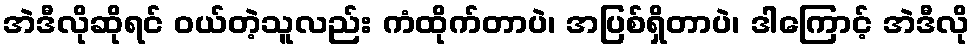
အဲဒီလိုဆိုရင် ဝယ်တဲ့သူလည်း ကံထိုက်တာပဲ၊ အပြစ်ရှိတာပဲ၊ ဒါကြောင့် အဲဒီလို